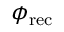
\phi _ { \mathrm { { r e c } } }